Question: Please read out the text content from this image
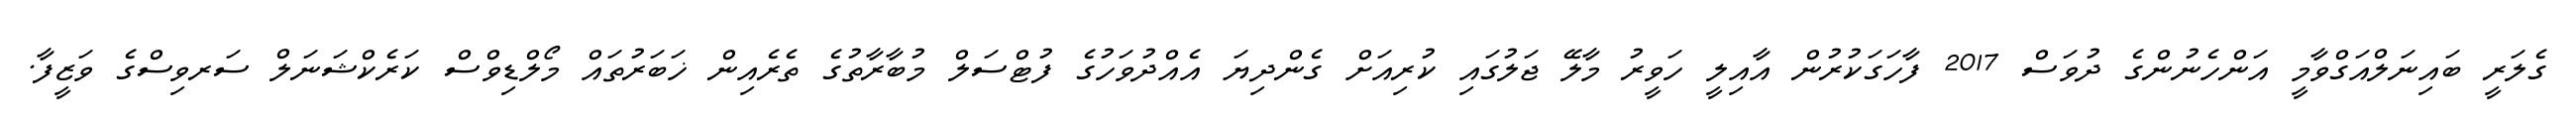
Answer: ގެލަރީ ބައިނަލްއަގްވާމީ އަންހެނުންގެ ދުވަސް 2017 ފާހަގަކުރުން އާއިލީ ހަވީރު މާލޭ ޖަލުގައި ކުރިއަށް ގެންދިޔަ އެއްދުވަހުގެ ފުޓްސަލް މުބާރާތުގެ ތެރެއިން ޚަބަރުތައް މޯލްޑިވްސް ކަރެކްޝަނަލް ސަރވިސްގެ ވަޒީފާ.